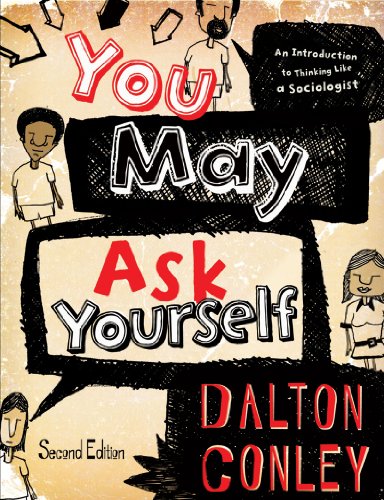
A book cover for You May Ask Yourself: An Introduction to Thinking Like a Sociologist (Second Edition); Dalton Conley; Politics & Social Sciences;